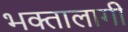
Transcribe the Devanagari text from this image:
भक्‍तालागी